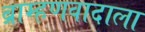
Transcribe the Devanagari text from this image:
ब्राम्हणवादाला